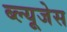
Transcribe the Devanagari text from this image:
ब्ल्यूजेस